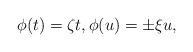
LaTeX: \begin{align*} \phi(t)=\zeta t,\phi(u)=\pm\xi u, \end{align*}